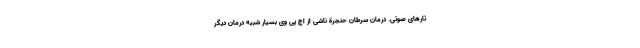
تارهای صوتی. درمان سرطان حنجرة ناشی از اچ پی وی بسیار شبیه درمان دیگر